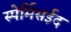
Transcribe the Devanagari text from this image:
स्पेर्मिसईद